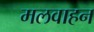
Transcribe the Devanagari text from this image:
मलवाहन